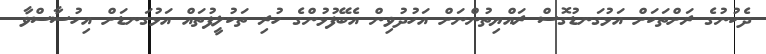
ދެކުނުގެ ރަށްތަަކަށް އަޅުގަނޑުގޮސް ރައްޔިތުންނަށް އަހުދުވިން އެބޭފުޅުންގެ ހުރި ތަކުލީފުތައް އަޅުގަނޑަށް އިހުސާސްވާ